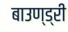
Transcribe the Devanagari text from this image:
बाउण्ड्री